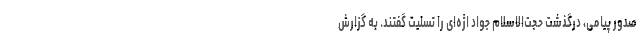
صدور پیامی، درگذشت حجت‌الاسلام جواد اژه‌ای را تسلیت گفتند. به گزارش